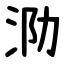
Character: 泐